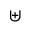
\uplus